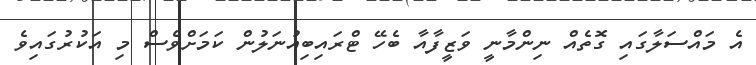
އެ މައްސަލާގައި ގޮތެއް ނިންމާނީ ވަޒީފާއާ ބެހޭ ޓްރައިބިއުނަލުން ކަމަށްވެސް މި އަކުރުގައިވެ